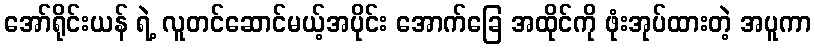
အော်ရိုင်းယန် ရဲ့ လူတင်ဆောင်မယ့်အပိုင်း အောက်ခြေ အထိုင်ကို ဖုံးအုပ်ထားတဲ့ အပူကာ